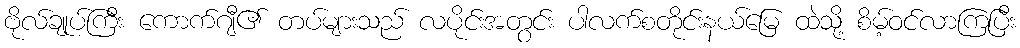
ဗိုလ်ချုပ်ကြီး ကောက်ဂျီ၏ တပ်များသည် လပိုင်းအတွင်း ပါလက်စတိုင်းနယ်မြေ ထဲသို့ စိမ့်ဝင်လာကြပြီး